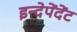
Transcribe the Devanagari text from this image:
इन्देपेंदेंट